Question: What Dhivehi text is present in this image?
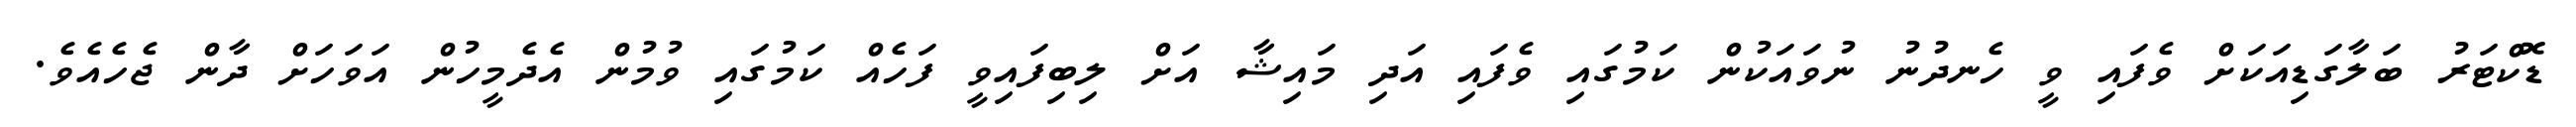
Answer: ޑޮކްޓަރު ބަލާގަޑިއަކަށް ވެފައި ވީ ހެނދުނު ނުވައަކުން ކަމުގައި ވެފައި އަދި މައިޝާ އަށް ލިބިފައިވީ ފަހެއް ކަމުގައި ވުމުން އެދެމީހުން އަވަހަށް ދާން ޖެހެއެވެ.